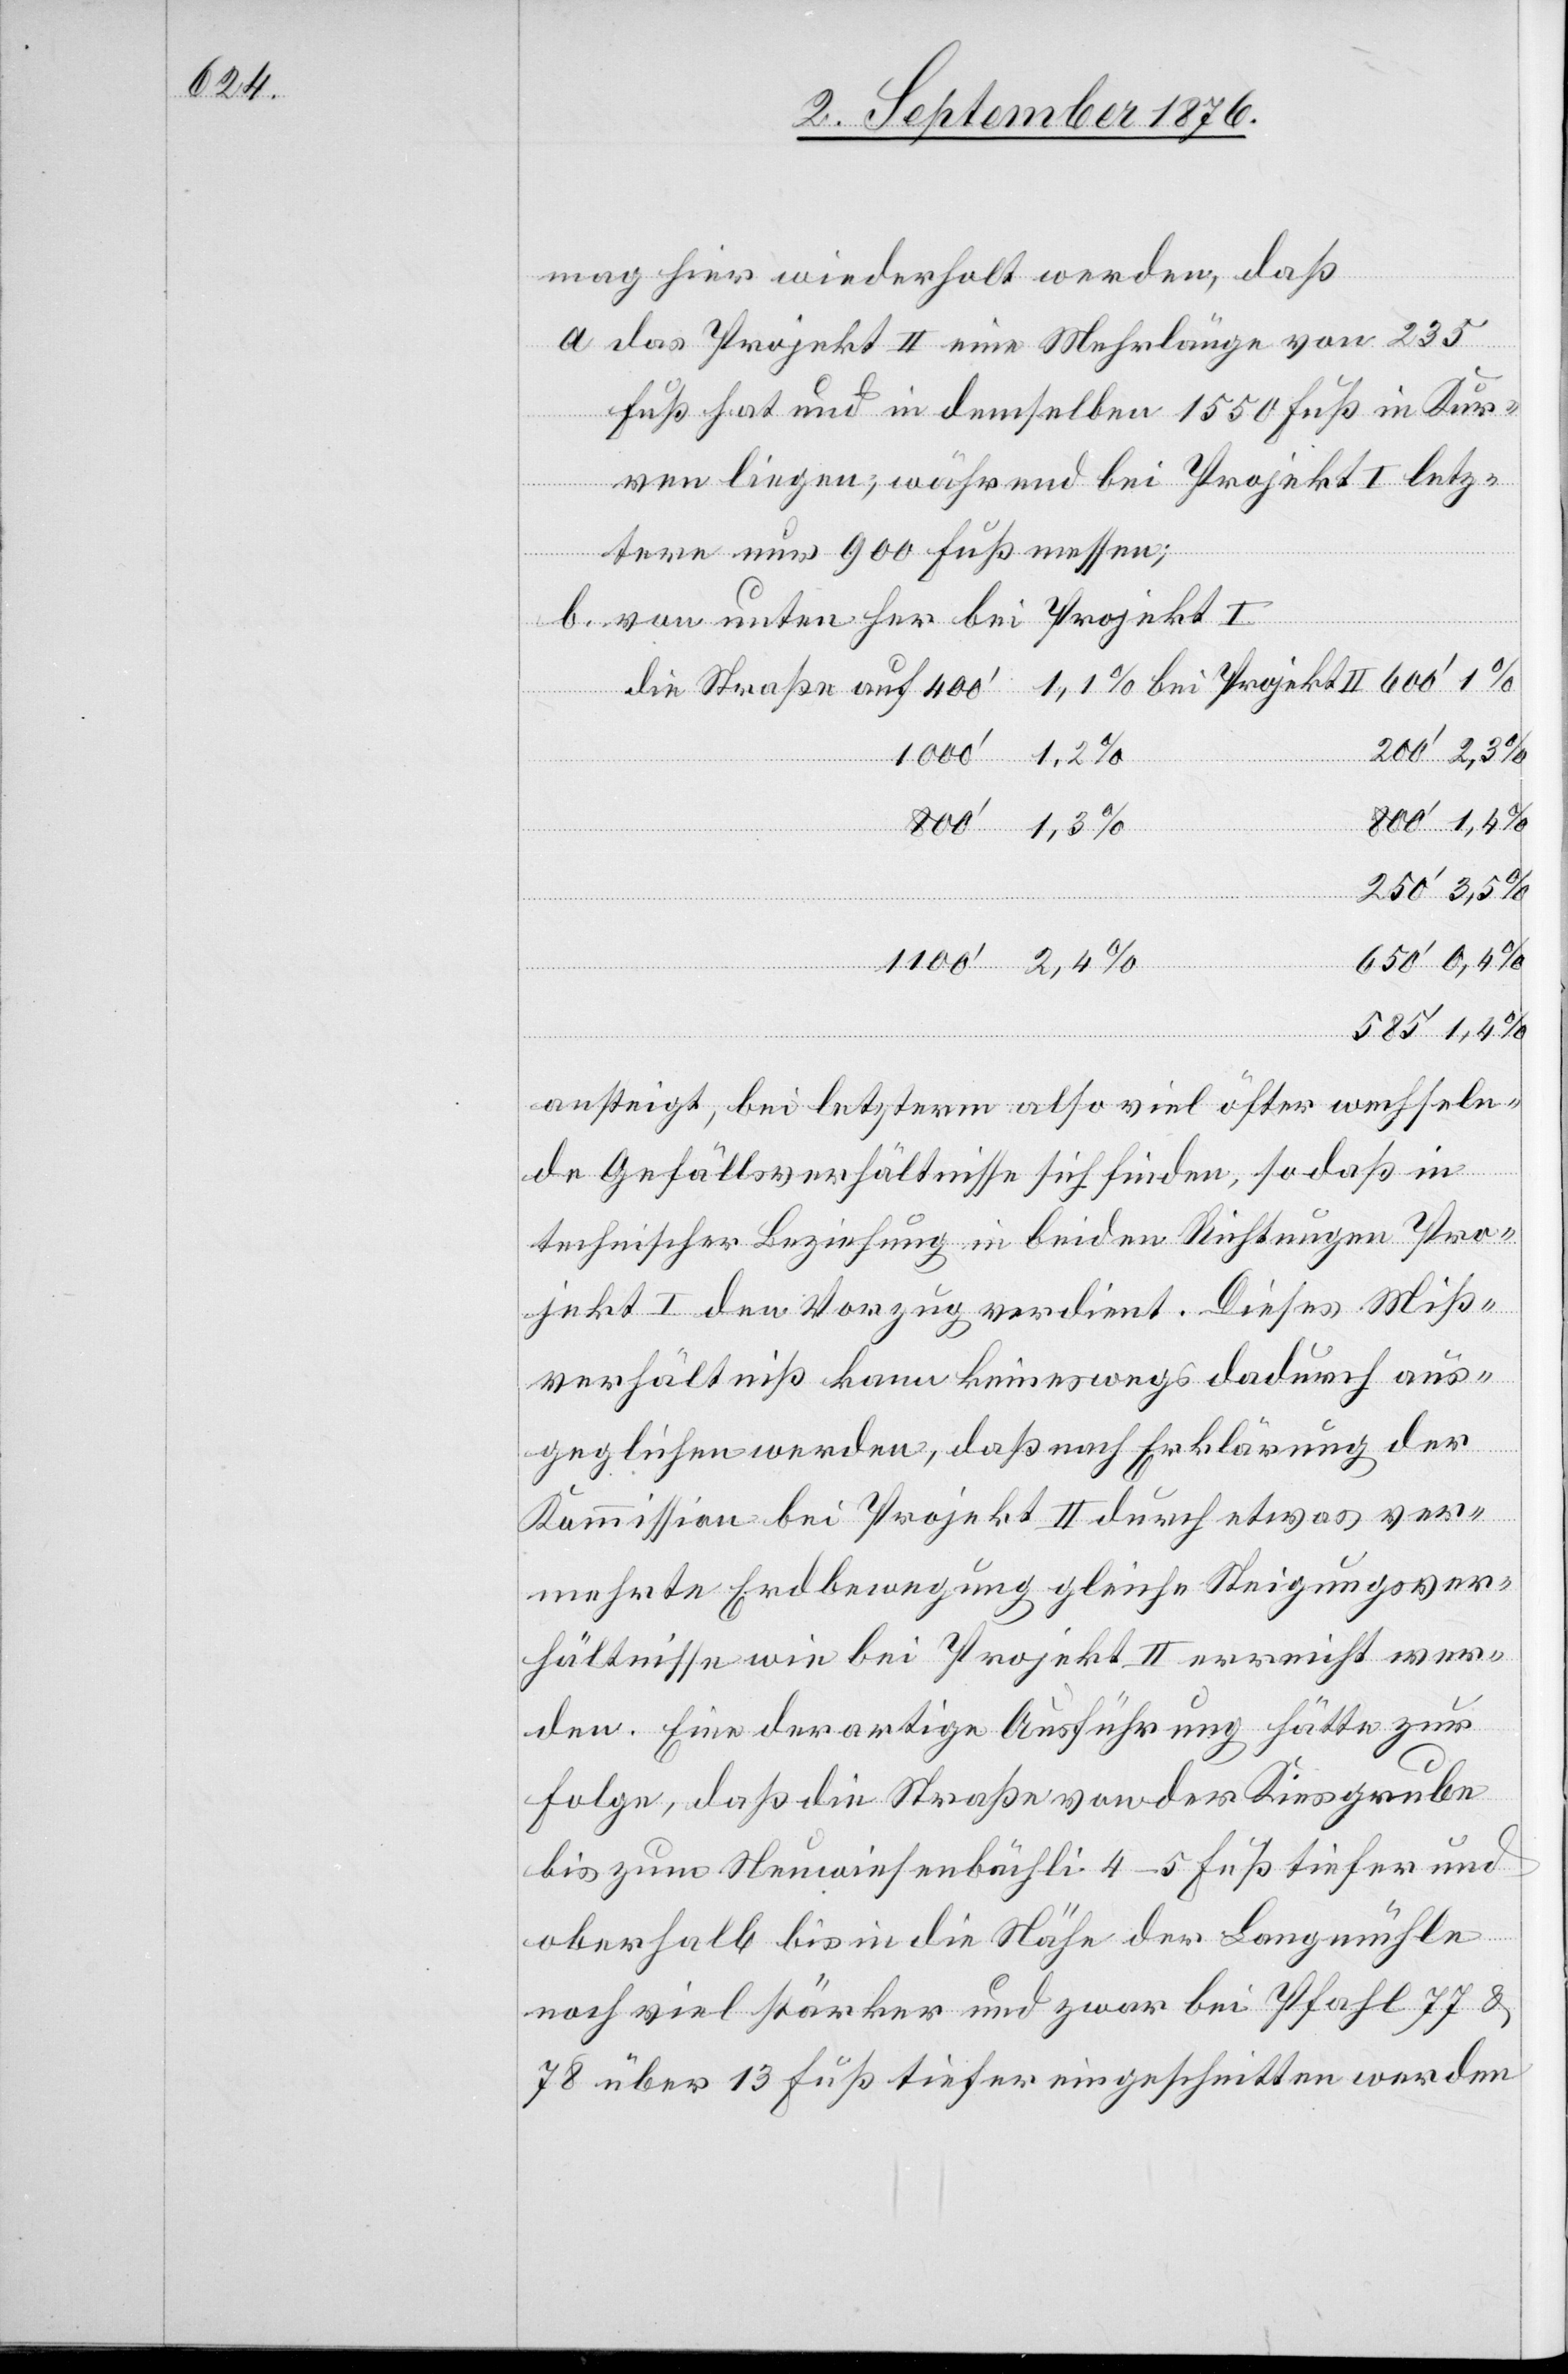
mag hier wiederholt werden, daß
a. das Projekt II eine Mehrlänge von 235
Fuß hat und in demselben 1550 Fuß in Kur¬
ven liegen, während bei Projekt I letz¬
tere nur 900 Fuß messen;
b. von unten her bei Projekt I
200‘ 2,3%
250‘ 3,5%
650‘ 0,4%
bei
585‘ 1,4%
ansteigt, bei letzterm also viel öfter wechseln¬
de Gefällsverhältnisse sich finden, so daß in
technischer Beziehung in beiden Richtungen Pro¬
jekt I den Vorzug verdient. Dieses Miß¬
verhältniß kann keineswegs dadurch aus¬
geglichen werden, daß nach Erklärung der
Kommission bei Projekt II durch etwas ver¬
mehrte Erdbewegung gleiche Steigungsver¬
hältnisse wie bei Projekt II erreicht wer¬
den. Eine derartige Ausführung hätte zur
Folge, daß die Straße von der Kiesgrube
bis zum Neuwiesenbächli 4–5 Fuß tiefer und
oberhalb bis in die Nähe der Langmühle
noch viel stärker und zwar bei Pfahl 77 &
78 über 13 Fuß tiefer eingeschnitten werden